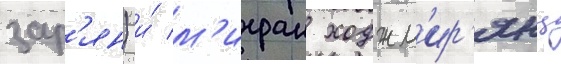
зар'ян) и́ м'игран ходжм'ир'янц